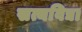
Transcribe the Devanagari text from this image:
सत्यविद्या